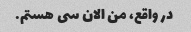
در واقع، من الان سی هستم.